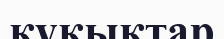
құқыктар